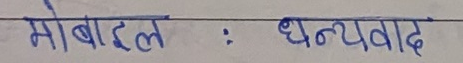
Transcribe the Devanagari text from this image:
मोबाइल : धन्यवाद